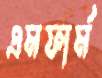
এমফার্ম